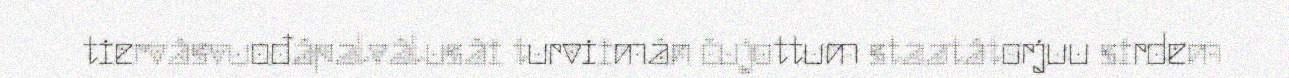
tiervâsvuođâpalvâlusâi turviimân čujottum staatâtorjuu sirdem